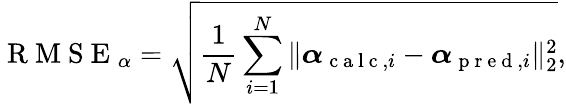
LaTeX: \mathrm{~R~M~S~E~}_{\alpha}=\sqrt{\frac{1}{N}\sum_{i=1}^{N}\| \boldsymbol{\alpha}_{\mathrm{~c~a~l~c~},i}-\boldsymbol{\alpha}_{\mathrm{~p~r~e~d~},i}\| _{2}^{2}},